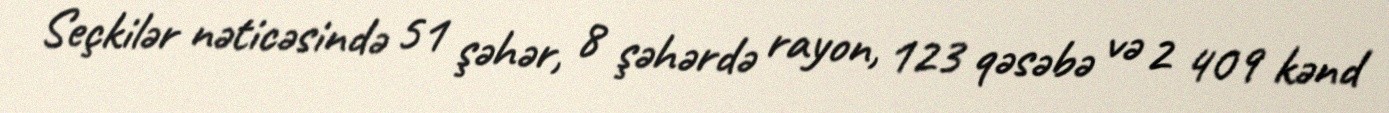
Seçkilər nəticəsində 51 şəhər, 8 şəhərdə rayon, 123 qəsəbə və 2 409 kənd